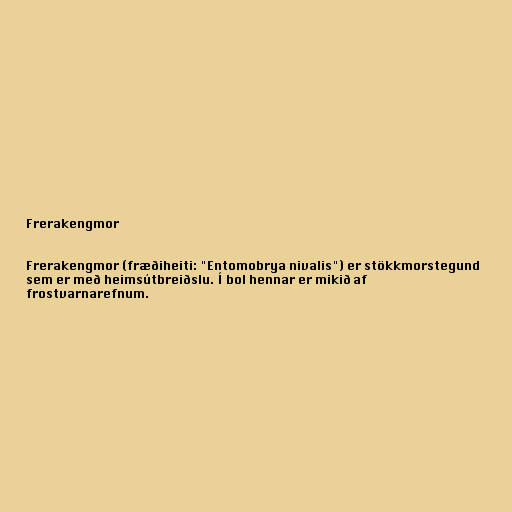
Frerakengmor

Frerakengmor (fræðiheiti: "Entomobrya nivalis") er stökkmorstegund
sem er með heimsútbreiðslu. Í bol hennar er mikið af
frostvarnarefnum.